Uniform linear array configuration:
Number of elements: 4
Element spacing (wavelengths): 1
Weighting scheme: hamming
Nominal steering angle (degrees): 15
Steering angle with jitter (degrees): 14.579
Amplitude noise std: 0.05
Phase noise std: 0.05

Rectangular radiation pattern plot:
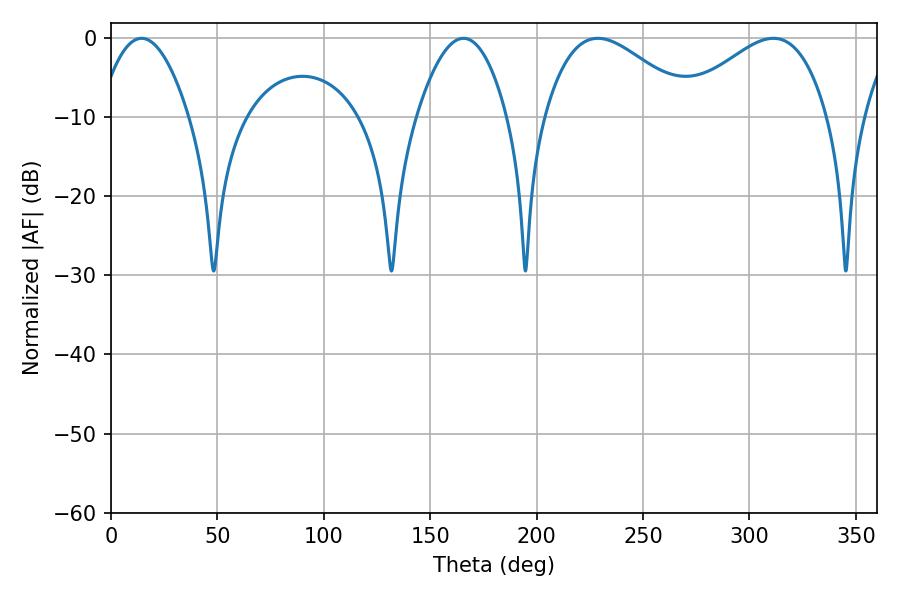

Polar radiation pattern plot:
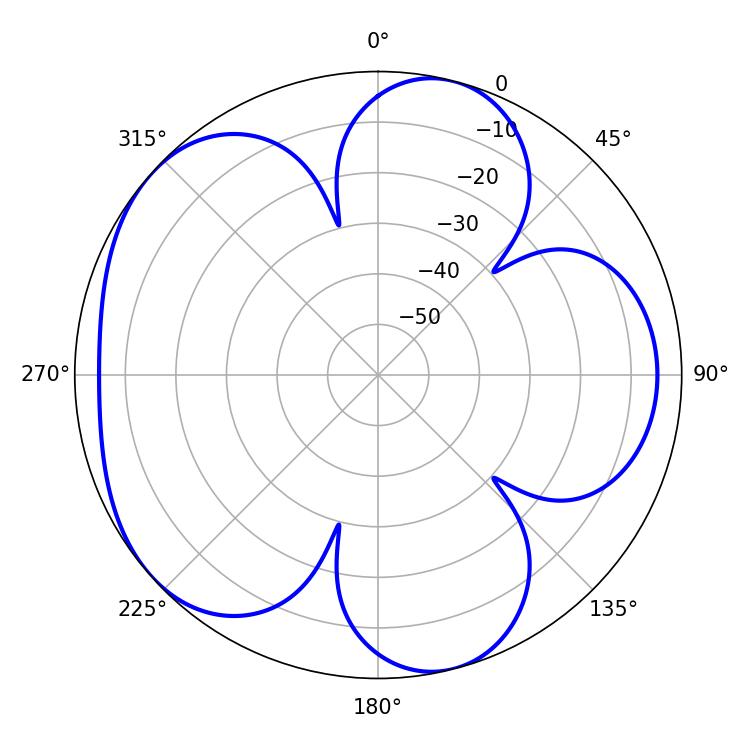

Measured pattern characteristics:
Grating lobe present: TRUE
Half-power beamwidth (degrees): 37.8
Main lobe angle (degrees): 228.78